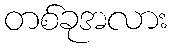
တစ်ခုအလား